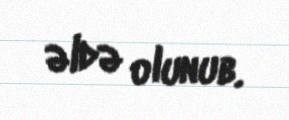
əldə olunub.